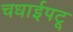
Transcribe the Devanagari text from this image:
चधाईपटू